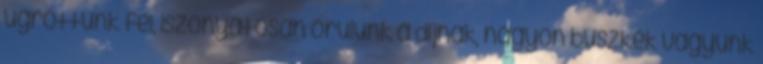
ugrottunk fel, iszonyatosan örülünk a díjnak, nagyon büszkék vagyunk